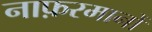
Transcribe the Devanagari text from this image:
नाफ़रमानों